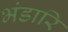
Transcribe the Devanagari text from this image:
भंडारि